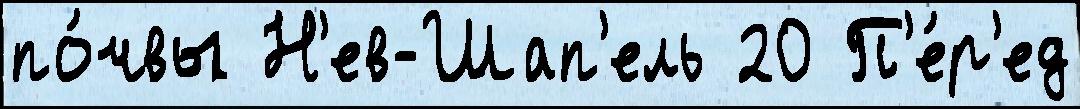
по́чвы Н'ев-Шап'ель 20 П'е́р'ед